Sexual cycle of Leucocytozoon canis in the tick - Number 28
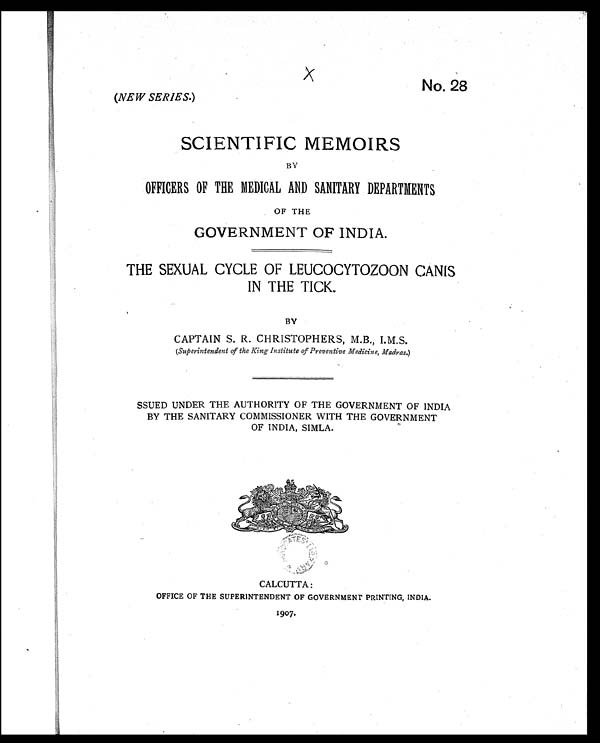
X
(NEW SERIES.)
No. 28
SCIENTIFIC MEMOIRS
BY
OFFICERS OF THE MEDICAL AND SANITARY DEPARTMENTS
OF THE
GOVERNMENT OF INDIA.
THE SEXUAL CYCLE OF LEUCOCYTOZOON CANIS
IN THE TICK.
BY
CAPTAIN S. R. CHRISTOPHERS, M.B., I.M.S.
(Superi ntendent of the Ki ng Insti tute of Preventi ve Medi ci ne, Madras.)
SSUED UNDER THE AUTHORITY OF THE GOVERNMENT OF INDIA
BY THE SANITARY COMMISSIONER WITH THE GOVERNMENT
OF INDIA, SIMLA.
CALCUTTA :
OFFICE OF THE SUPERINTENDENT OF GOVERNMENT PRINTING, INDIA.
1907.